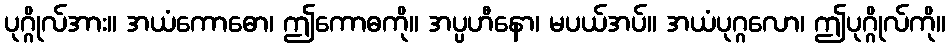
ပုဂ္ဂိုလ်အား။ အယံကောဓော၊ ဤကောဓကို။ အပ္ပဟီနော၊ မပယ်အပ်။ အယံပုဂ္ဂလော၊ ဤပုဂ္ဂိုလ်ကို။